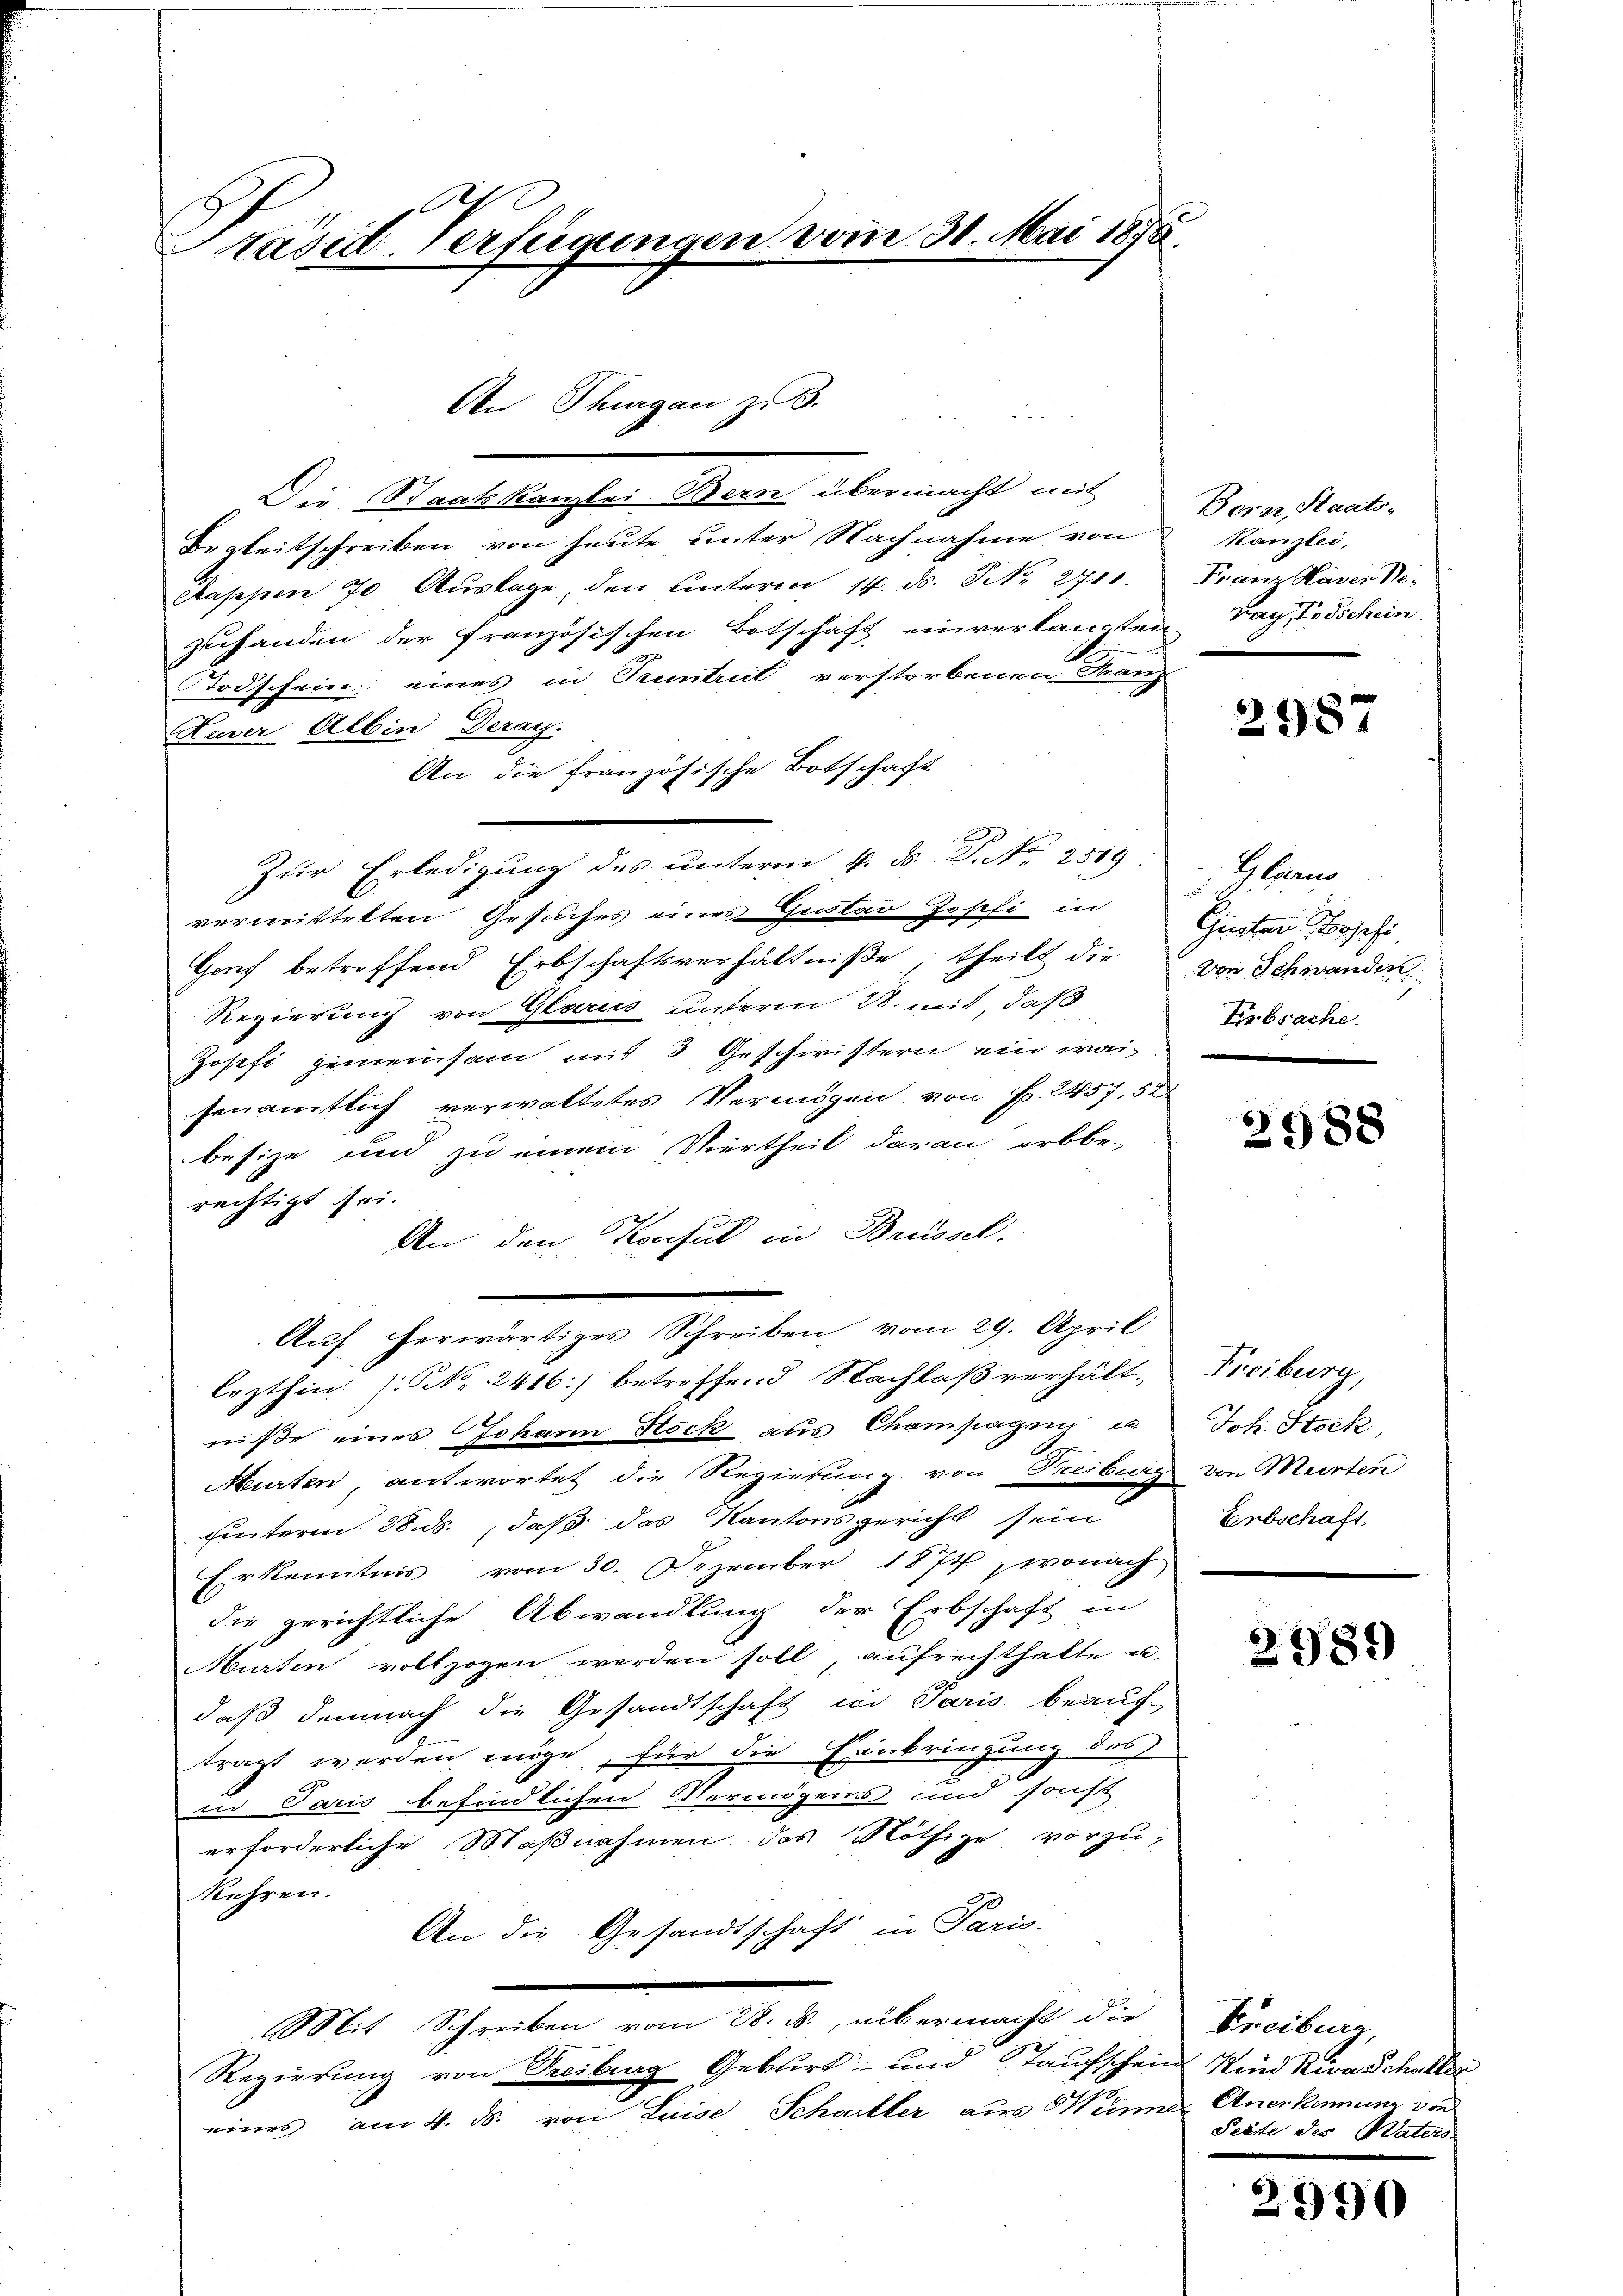
Präsid-Verfügungen vom 30. Mai 1878.

An Thurgau z. B.

Die Staatskanzlei Bern übermacht mit
Begleitschreiben von heute unter Nachnahme von
Aappen 70. Aŭslage, den Unterm 14. ds. No. 2711. Franz Haver Be-
zuhanden der französischen Botschaft einverlangten Tag, Vorschein
Todschein eines in Pruntrut verstorbenen Franz
Haver Albin Deray.
An die französische Botschaft
Zur Erledigung des unterm 4. ds. P. Nr. 2519
vermittelten Gesuches eines Gustan Josefi in Guntar, sei,
Gouf betreffend Erbschaftsverhältniße, theilt die vor Schwanders
Regierung von Glarus unterm 28. mit, daß
Josefi gemeinsam mit 3 Geschwistern ein waisenamtlich verwaltetes Vermögen von Fr. 2457. 52
besize und zu einem Viertheil daran erbbe-
rechtigt sei.
An den Konsul in Brüssel.
lezthin (Nr. 2416) betreffend Nachlaß verhält-
niße eines Johann Stock aus Champagnis ex
Murten, antwortet die Regierung von Treiburg von Meirten
uunterm 28. ds., daß das Kantonsgericht sein
Erkenntnis vom 30. Dezember 1874, wonach
die gerichtliche Abwandlung der Erbschaft in
Murten vollzogen werden soll, aufrechthalte u.
daß demnach die Gesandtschaft in Paris beauf-
tragt werden möge, für die Einbringung des
id Paris befindlichen Vermögens und sonst
erforderliche Maßnahmen das Nöthige vorzu-
Kehren.
An die Gesandtschaft in Paris-
Mit Schreiben vom 28. ds., übermacht die
Regierung von Treibung Gebirt- und Taufschein Kind Riva Schaller
eines am 4. ds. von Luise Schartler aus Sinne Anerkennung von

Auf herwärtiges Schreiben vom 29. April

Bern, Staats-
Kanzlei,

2987

Glan

Frbsache.

2988

Freiburg,
Joh. Stock
Erbschaft.

2989

Freiburg,
Seite der Vaters.

2990